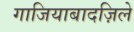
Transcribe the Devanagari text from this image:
गाजियाबादज़िले